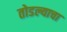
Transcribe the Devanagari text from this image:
तोडल्याचा